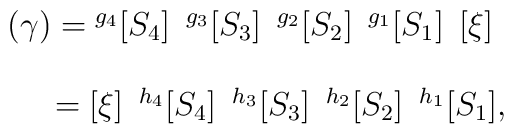
\left.\begin{array}{l}(\gamma)={}^{g_4}[S_4]\hspace{2mm}{}^{g_3}[S_3]\hspace{2mm}{}^{g_2}[S_2]\hspace{2mm}{}^{g_1}[S_1]\hspace{2mm}[\xi]\\\\\hspace{6mm}=[\xi]\hspace{2mm}{}^{h_4}[S_4]\hspace{2mm}{}^{h_3}[S_3]\hspace{2mm}{}^{h_2}[S_2]\hspace{2mm}{}^{h_1}[S_1],\\\end{array}\right.